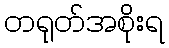
တရုတ်အစိုးရ